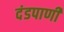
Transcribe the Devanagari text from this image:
दंडपाणी